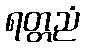
ရတ္တညံ